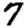
Digit: 7